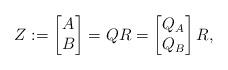
LaTeX: \begin{align*}Z:=\begin{bmatrix}A\\B\end{bmatrix}=Q R=\begin{bmatrix}Q_A\\Q_B\end{bmatrix}R,\end{align*}